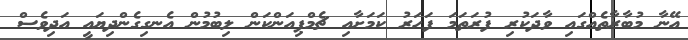
އޭނާ މުބާރާތެއްގައި ވާދަކުރި ފުރަތަމަ ފަހަރު ކަމަށާއި ޗެމްޕިއަންކަން ލިބުމުން އެނގިގެންދިޔައީ އަދިވެސް